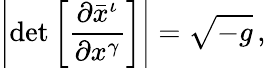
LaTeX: \left\vert\operatorname*{det}{\left[{\frac{\partial{\bar{x}}^{\iota}}{\partial{x}^{\gamma}}}\right]}\right\vert={\sqrt{-{g}}}\, ,